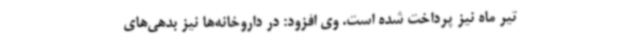
تیر ماه نیز پرداخت شده است. وی افزود: در داروخانه‌ها نیز بدهی‌های